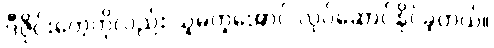
ဒီဇိုင်းတွေကိုလည်း သူမတူအောင် လုပ်ဆောင်နိုင်ခဲ့တယ်။